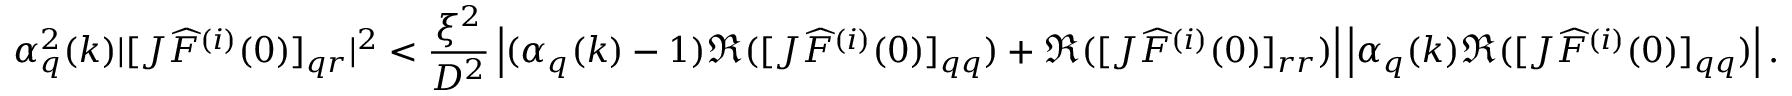
\alpha _ { q } ^ { 2 } ( k ) | [ J \widehat { F } ^ { ( i ) } ( 0 ) ] _ { q r } | ^ { 2 } < \frac { \xi ^ { 2 } } { D ^ { 2 } } \left| ( \alpha _ { q } ( k ) - 1 ) \Re ( [ J \widehat { F } ^ { ( i ) } ( 0 ) ] _ { q q } ) + \Re ( [ J \widehat { F } ^ { ( i ) } ( 0 ) ] _ { r r } ) \right| \left| \alpha _ { q } ( k ) \Re ( [ J \widehat { F } ^ { ( i ) } ( 0 ) ] _ { q q } ) \right| .